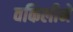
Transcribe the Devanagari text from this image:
वकिलीने